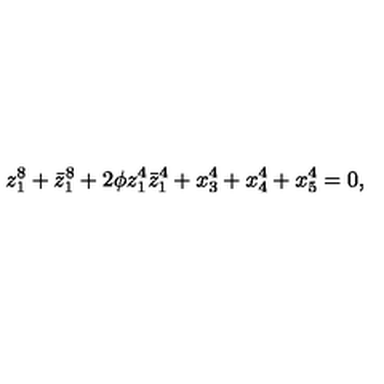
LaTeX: z _ { 1 } ^ { 8 } + \bar { z } _ { 1 } ^ { 8 } + 2 \phi z _ { 1 } ^ { 4 } \bar { z } _ { 1 } ^ { 4 } + x _ { 3 } ^ { 4 } + x _ { 4 } ^ { 4 } + x _ { 5 } ^ { 4 } = 0 ,